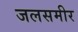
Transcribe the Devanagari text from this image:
जलसमीर